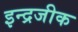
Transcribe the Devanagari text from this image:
इन्द्रजीक